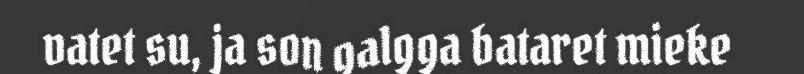
vatet su, ja son galgga bataret mieke